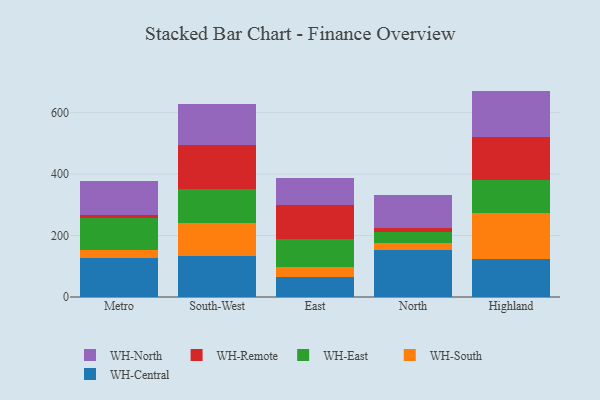
{"axis": {"x": "Region", "y": "Waste Production (Tons)"}, "legend": ["WH-Central", "WH-East", "WH-North", "WH-Remote", "WH-South"], "data": [{"x": "Metro", "y": 125.4, "type": "WH-Central"}, {"x": "Metro", "y": 26.0, "type": "WH-South"}, {"x": "Metro", "y": 104.3, "type": "WH-East"}, {"x": "Metro", "y": 11.8, "type": "WH-Remote"}, {"x": "Metro", "y": 109.3, "type": "WH-North"}, {"x": "South-West", "y": 133.5, "type": "WH-Central"}, {"x": "South-West", "y": 107.2, "type": "WH-South"}, {"x": "South-West", "y": 109.8, "type": "WH-East"}, {"x": "South-West", "y": 142.7, "type": "WH-Remote"}, {"x": "South-West", "y": 135.7, "type": "WH-North"}, {"x": "East", "y": 65.2, "type": "WH-Central"}, {"x": "East", "y": 31.0, "type": "WH-South"}, {"x": "East", "y": 93.9, "type": "WH-East"}, {"x": "East", "y": 107.7, "type": "WH-Remote"}, {"x": "East", "y": 89.3, "type": "WH-North"}, {"x": "North", "y": 153.8, "type": "WH-Central"}, {"x": "North", "y": 20.3, "type": "WH-South"}, {"x": "North", "y": 38.6, "type": "WH-East"}, {"x": "North", "y": 10.4, "type": "WH-Remote"}, {"x": "North", "y": 107.5, "type": "WH-North"}, {"x": "Highland", "y": 123.2, "type": "WH-Central"}, {"x": "Highland", "y": 149.9, "type": "WH-South"}, {"x": "Highland", "y": 107.0, "type": "WH-East"}, {"x": "Highland", "y": 140.3, "type": "WH-Remote"}, {"x": "Highland", "y": 149.6, "type": "WH-North"}]}